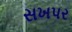
સખપર